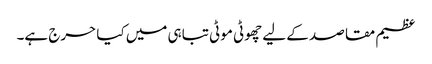
عظیم مقاصد کے لیے چھوٹی موٹی تباہی میں کیا حرج ہے۔